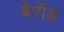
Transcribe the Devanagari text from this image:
बेरॉड